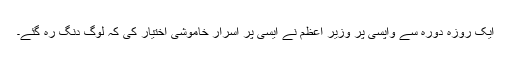
ایک روزہ دورہ سے واپسی پر وزیر اعظم نے ایسی پر اسرار خاموشی اختیار کی کہ لوگ دنگ رہ گئے۔